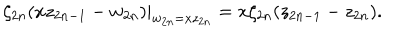
LaTeX: \zeta _ { 2 n } ( x z _ { 2 n - 1 } - w _ { 2 n } ) | _ { w _ { 2 n } = x z _ { 2 n } } = x \zeta _ { 2 n } ( z _ { 2 n - 1 } - z _ { 2 n } ) .